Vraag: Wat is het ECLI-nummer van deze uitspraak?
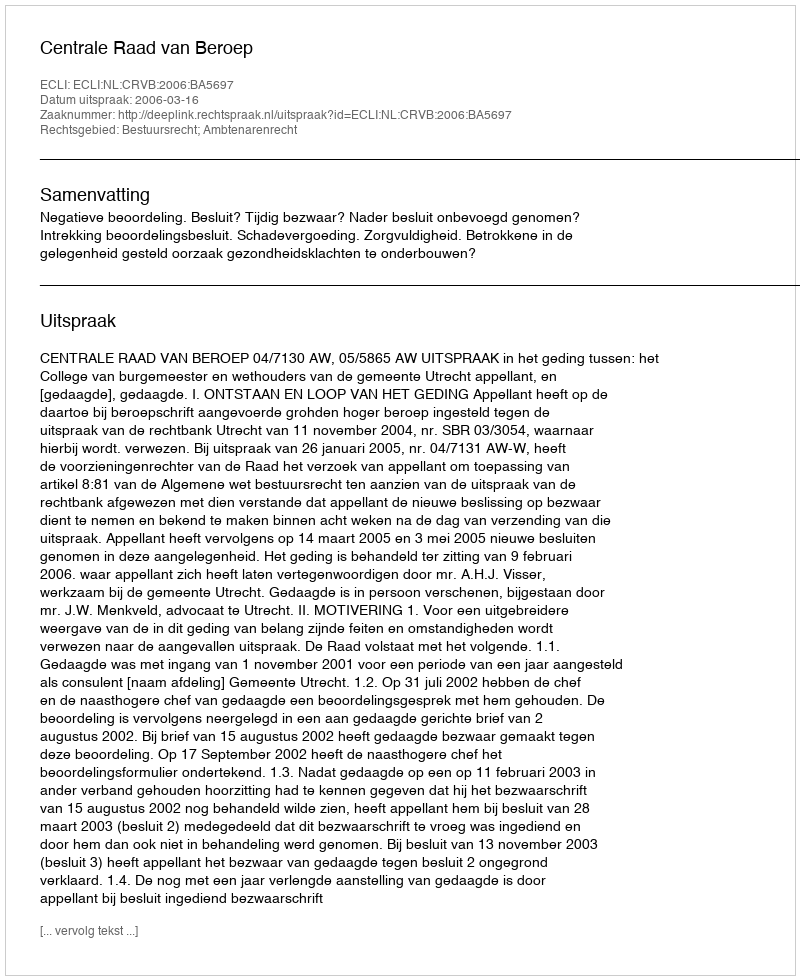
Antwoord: ECLI:NL:CRVB:2006:BA5697